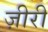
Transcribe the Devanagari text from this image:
ज़ीरी